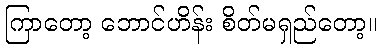
ကြာတော့ ဘောင်ဟိန်း စိတ်မရှည်တော့။